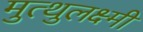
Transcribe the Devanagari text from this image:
मुत्थुलक्ष्मी